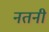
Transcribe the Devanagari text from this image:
नतनी